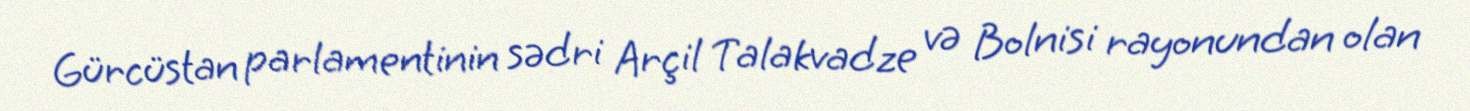
Gürcüstan parlamentinin sədri Arçil Talakvadze və Bolnisi rayonundan olan